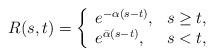
LaTeX: \begin{align*} R(s,t)=\left\{ \begin{array}{ll} e^{-\alpha (s-t)},&s\ge t, \\ e^{ \bar{\alpha} (s-t)} ,&s< t, \end{array}\right.\end{align*}